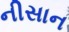
નીસાન